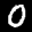
Label: 0